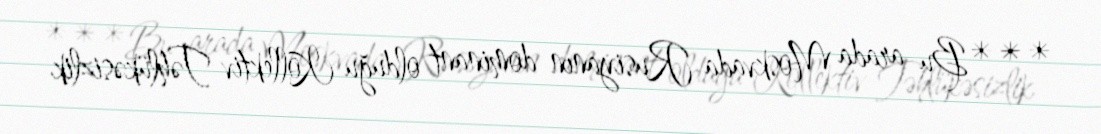
***Bu arada Moskvada Rusiyanın dominant olduğu Kollektiv Təhlükəsizlik